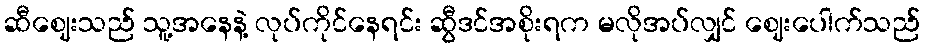
ဆီဈေးသည် သူ့အနေနဲ့ လုပ်ကိုင်နေရင်း ဆွီဒင်အစိုးရက မလိုအပ်လျှင် ဈေးပေါက်သည်